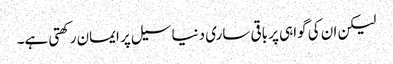
لیکن ان کی گواہی پر باقی ساری دنیا سیل پر ایمان رکھتی ہے۔